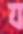
য